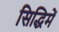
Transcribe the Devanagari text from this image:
सिद्धिमें